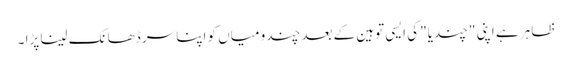
ظاہر ہے اپنی "چندیا" کی ایسی توہین کے بعد چندو میاں کو اپنا سر ڈھانک لینا پڑا ۔